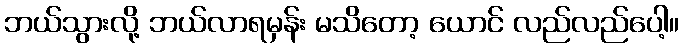
ဘယ်သွားလို့ ဘယ်လာရမှန်း မသိတော့ ယောင် လည်လည်ပေါ့။